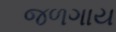
જળગાય